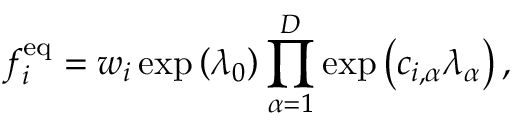
f _ { i } ^ { \mathrm { e q } } = w _ { i } \exp \left( \lambda _ { 0 } \right) \prod _ { \alpha = 1 } ^ { D } \exp \left( c _ { i , \alpha } \lambda _ { \alpha } \right) ,